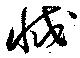
滅